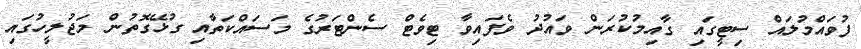
ފުވައްމުލައް ސިޓީގައި ގާއިމުކުރަން ވައުދު ވެފައިވާ ޓިވެޓް ސެންޓަރުގެ މަސައްކަތާއި ގުޅޭގޮތުން މަޖުލީހުގައި